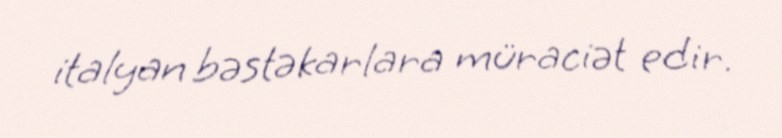
italyan bəstəkarlara müraciət edir.